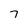
Character: 7